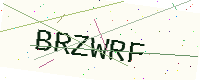
Text: BRZWRF